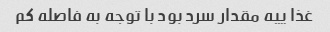
غذا ییه مقدار سرد بود با توجه به فاصله کم